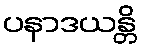
ပနာဒယန္တိ